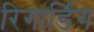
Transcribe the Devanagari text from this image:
रिगार्डिंग